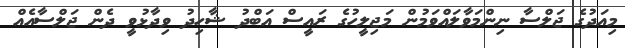
މިއަދުގެ ޖަލްސާ ނިންމަވާލައްވަމުން މަޖިލީހުގެ ރައީސް އަބްދު ޝާހިދު ވިދާޅުވީ ދެން ޖަލްސާއެއް